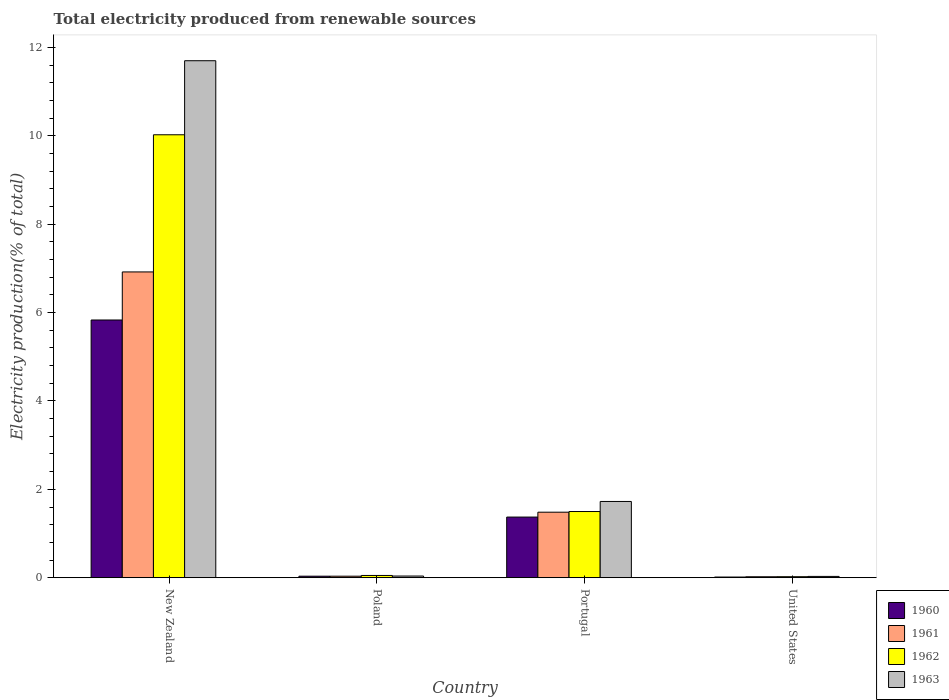
| Country | 1960 | 1961 | 1962 | 1963 |
 | --- | --- | --- | --- | --- |
 | New Zealand | 5.83 | 6.92 | 10 | 11.7 |
 | Poland | 0.0342 | 0.0341 | 0.0509 | 0.0379 |
 | Portugal | 1.37 | 1.48 | 1.5 | 1.73 |
 | United States | 0.0153 | 0.0215 | 0.0228 | 0.0294 |